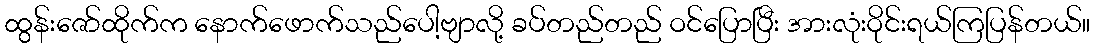
ထွန်းဇော်ထိုက်က နောက်ဖောက်သည်ပေါ့ဗျာလို့ ခပ်တည်တည် ဝင်ပြောပြီး အားလုံးဝိုင်းရယ်ကြပြန်တယ်။